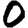
Digit: 0